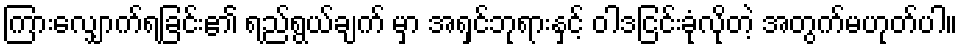
ကြားလျှောက်ရခြင်း၏ ရည်ရွယ်ချက် မှာ အရှင်ဘုရားနှင့် ဝါဒငြင်းခုံလိုတဲ့ အတွက်မဟုတ်ပါ။